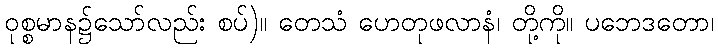
ဝုစ္စမာန၌သော်လည်း စပ်)။ တေသံ ဟေတုဖလာနံ၊ တို့ကို။ ပဘေဒတော၊